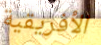
الأفريقية